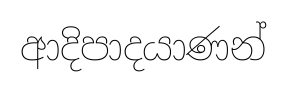
ආදිපාදයාණන්